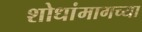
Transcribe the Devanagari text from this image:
शोधांमागच्या